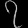
Digit: ၇